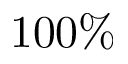
1 0 0 \%